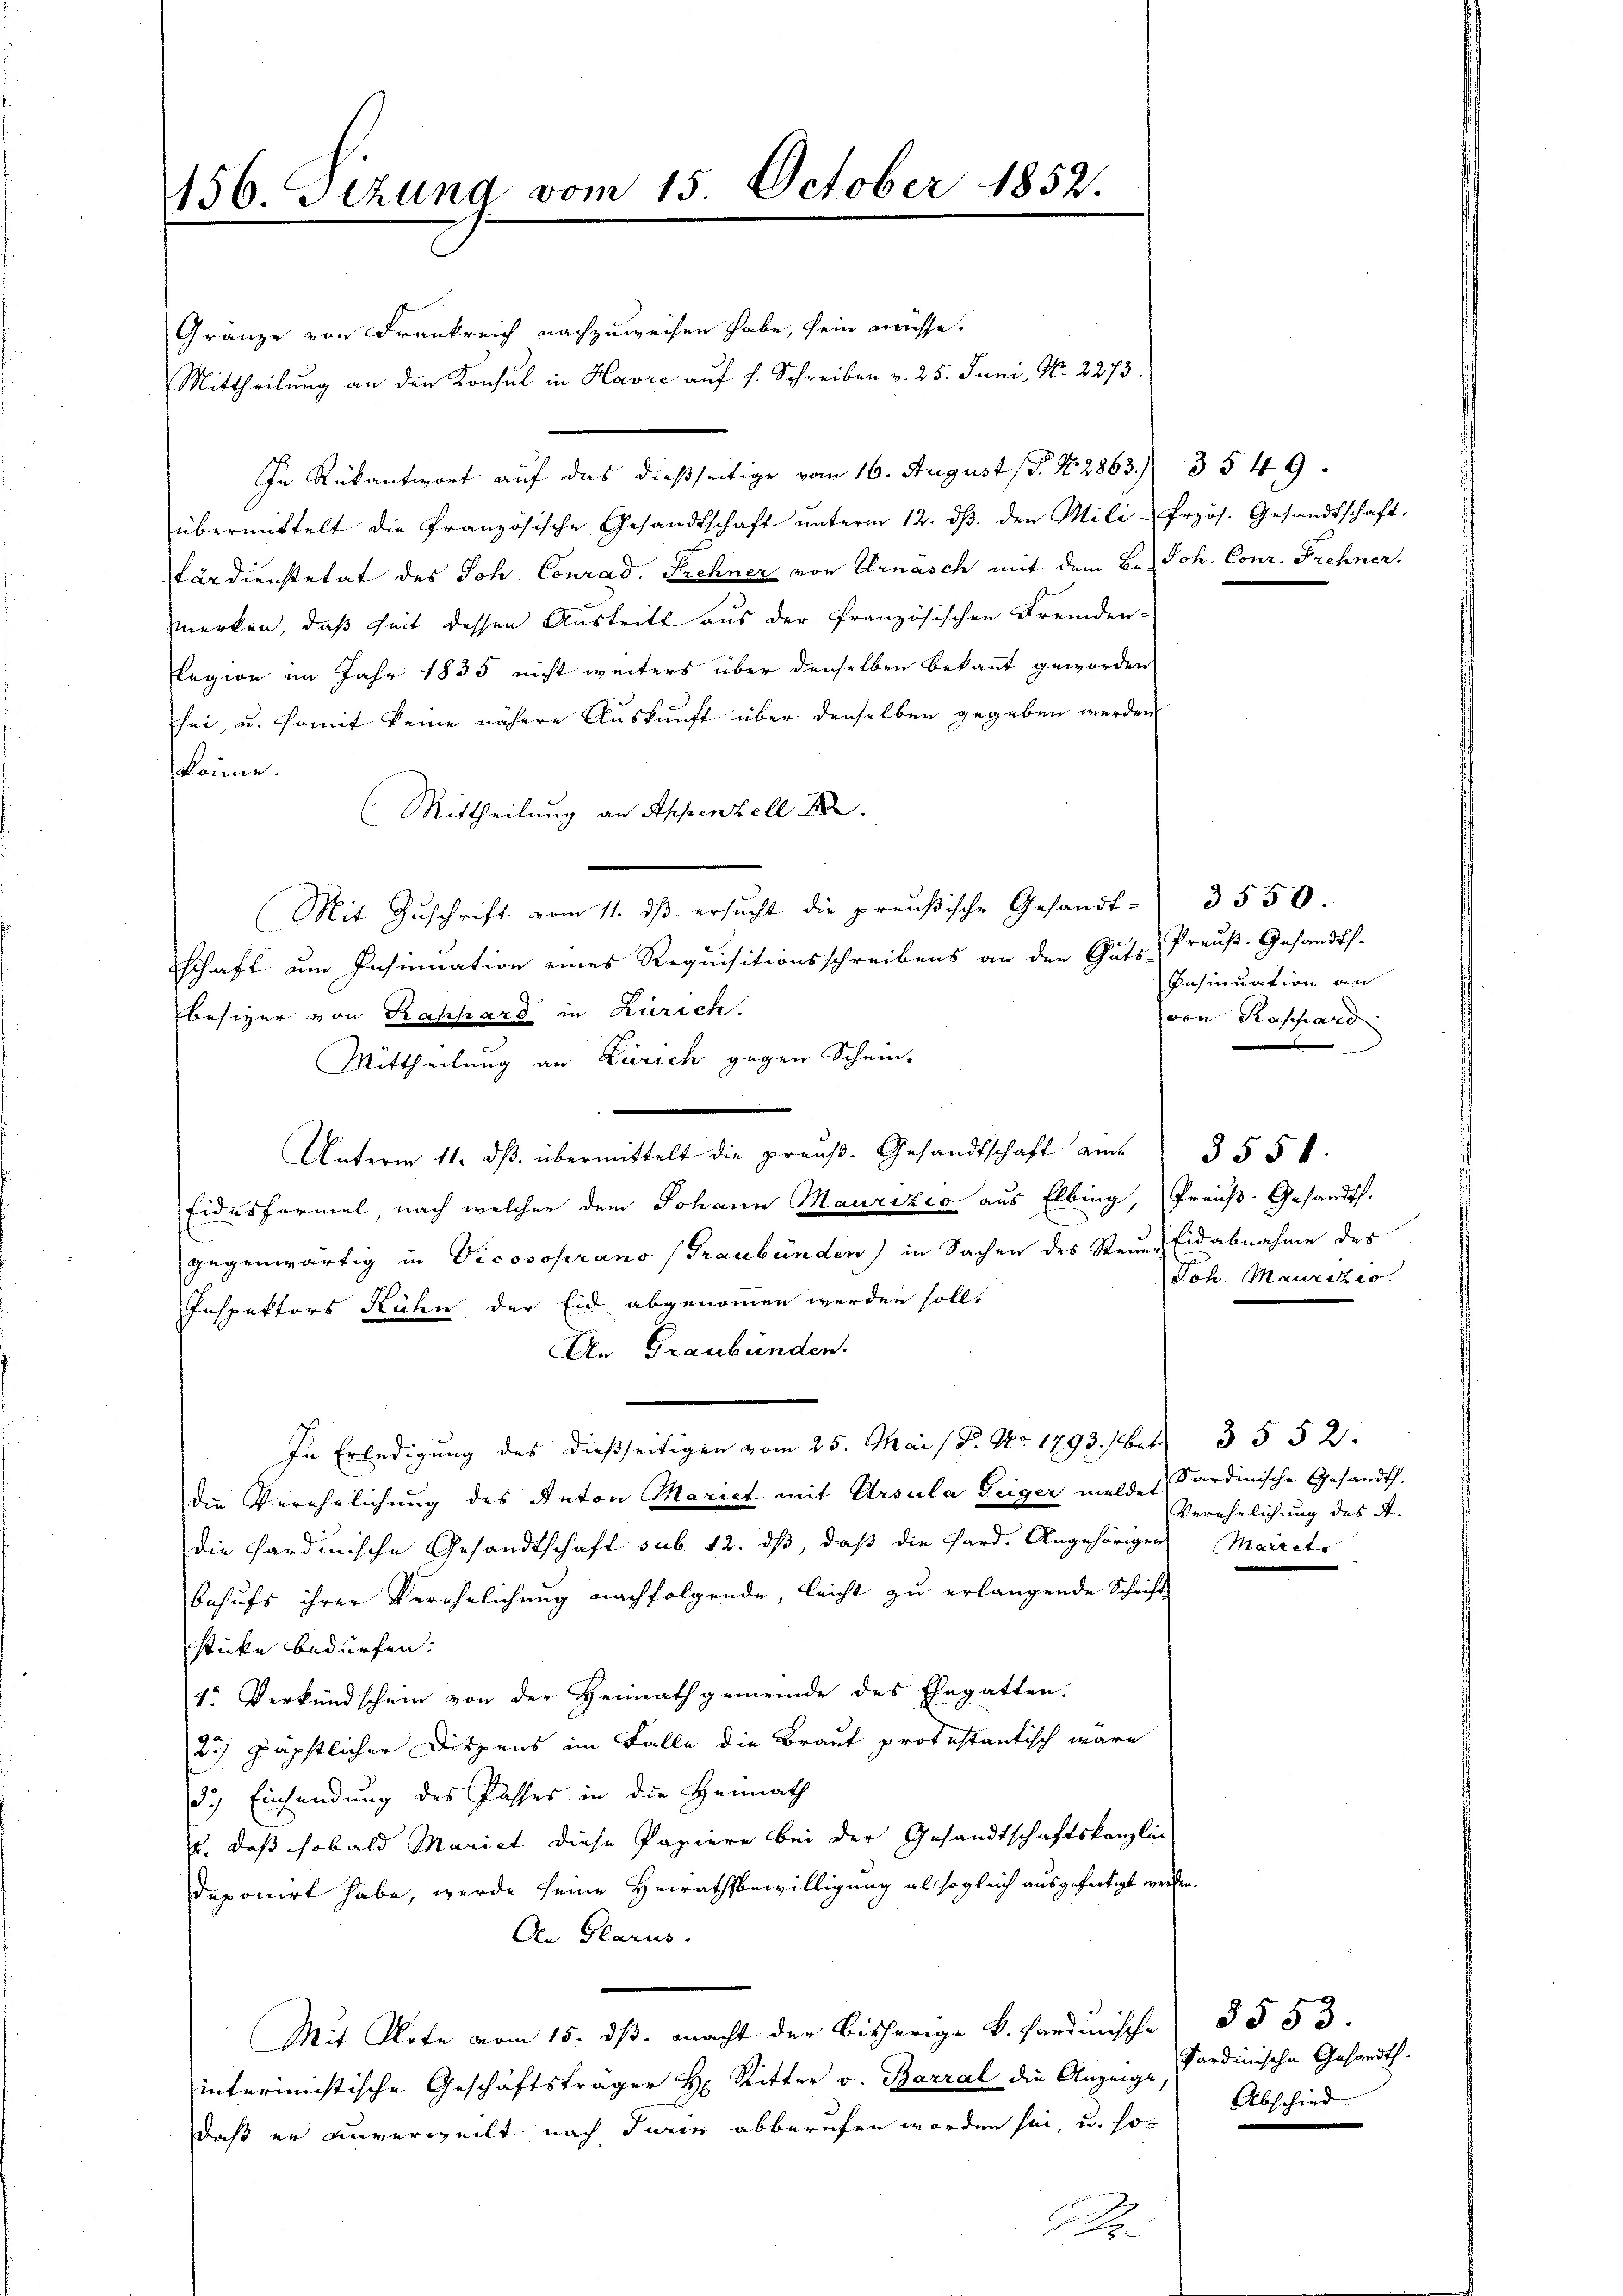
156. Sezung vom 15. October 1852.
.

Gränze von Frankreich nachzuweisen habe, sein müsse.
Mittheilung an den Konsul in Havre auf s. Schreiben v. 25. Juni, No. 2273.
In Rükantwort auf das dießseitige vom 16. August (d. N. 2863. 3549.
übermittelt die Französische Gesandtschaft ŭnterm 12. dβ. den Mili-frzös. Gesandtschaft.
tärdienstetat des Joh. Conrad Sehner von Ernasch mit dem Be= Joh. Conr. Frehner.
merken, daß Zeit dessen Austritt aus der französischen Fremden-
legion im Jahr 1835 nicht weiters über denselben bekannt geworden
sei, u. somit keine nähere Auskunft über denselben gegeben werden
könne.
(Mittheilung an Appenzell A.
(Mit Zuschrift vom 11. ds. ersucht die preußische Gesandt-
schaft um Insinuation eines Requisitionsschreibens an den Guts-Preŭβ-Gesandts-
besizer von Raphard in Zürich.
Mittheilung an Zürich gegen Schein.
Unterm 11. dβ übermittelt die praŭβ. Gesandtschaft am 355 f.
Eidesformel, nach welcher dem Johann Maurizio aus Elbing, Preuß. Gesandts.
gegenwärtig in Vicosoprano (Graubünden) in Sachen des Steuer Eidabnahme des
Inspektors Rühn der Eid abgenommen werden soll.
An Graubünden.
In Erledigung des dießseitigen vom 25. Mai 18. No. 1793. / betr. 3552.
die Verehrlichung des Anton Mariet mit Ursula Teiger melde Sardinische Gesandth.
die Sardinische Gesandtschaft sub. 12. dβ, daß die Hard. Angehörigen Maireto
Behufs ihrer Verehelichung nachfolgende, leicht zu erlangende Schrift
sticke bedürfen.
1. Verkündschein von der Heimathgemeinde des Ehegatten.
25) päpstlicher Dispens im Falle die Braut protestantisch wäre
d.) Einsendung des Passes in die Heimath
u. daß sobald Mariet diese Papiere bei der Gesandtschaftskanzlin
deponirt habe, werde seine Heirathsbewilligung als sogleich ausgefertigt werden.
An Glarus.
Mit Note vom 15. ds. macht der bisherige k. Sardinische
interimistische Geschäftsträger H. Ritter v. Barral die Anzeige,
daß er unverweilt nach Junie abberufen worden sei, u. so-
M

3550.
Insinuation an
von Kappard

Joh. Maurizio

Verehelichung des A.

5553
Sardinische Gesandth.
Abschied